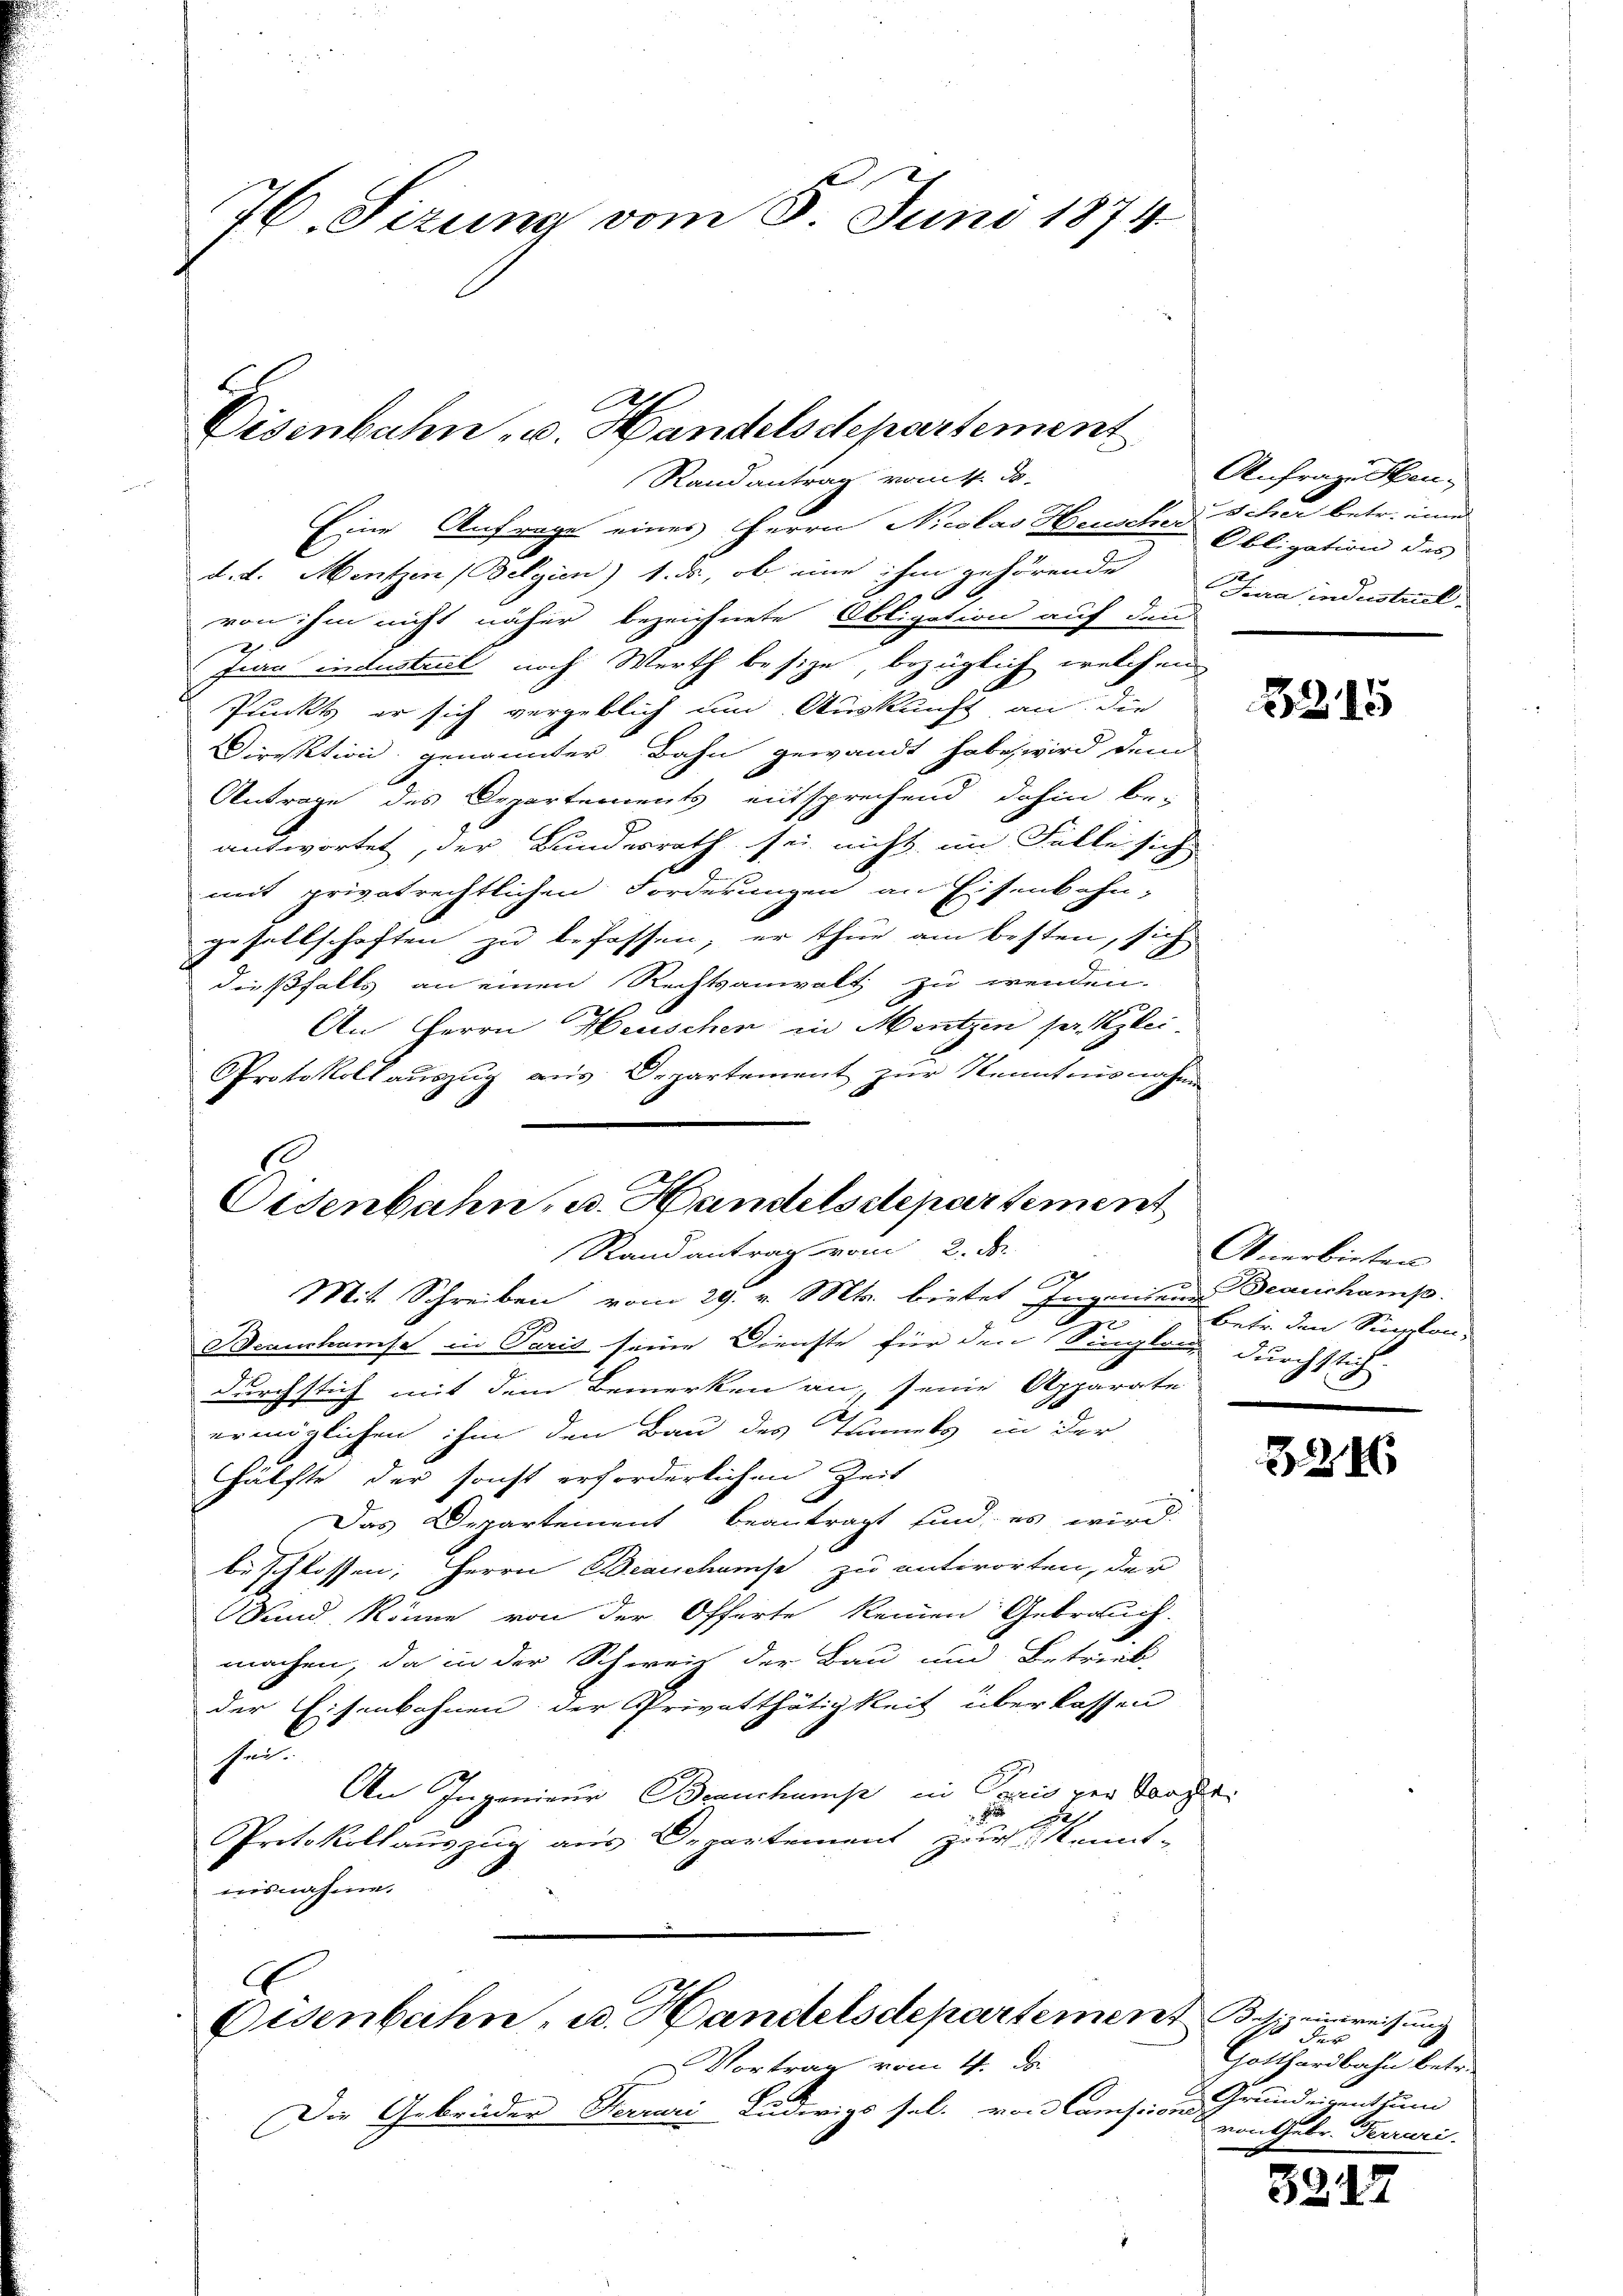
76. Sizung vom 8. Juni 1874

Disenbahn u. Handelsdepartement
Randantrag vom 1. d.

Eine Anfrage eines Herrn Nicolas Heuscher Scher betr. ein
d. d. Mentzen (Belgien) 1. ds., ob eine ihm gehörende
von ihm nicht näher bezeichnete Obligation auf den
2.
frau industriel noch Werth besize, bezüglich welchem
Punkt er sich vergeblich um Auskunft an die
Direktion genannter Bahn gewandt habe, wird dem
Antrage des Departements entsprechend dahin be-
antwortet, der Bundesrath sei nicht im Falle sich
mit privatrechtlichen Forderungen an Eisenbahn-
gesellschaften zu befassen, er thue am besten, sich
dießfalls an einen Rechtsanwalt zu wenden.
An Herrn Heuscher in Mentzen sei, glei
Protokoll auszug aus Departement zur Kenntnisnahme

Oisenbahn, u. Handelsstepartement
Randantrag vom 2. d.

Eisenbahn, u. Handelsdepartement Beiz einweisung
Vortrag vom 4. De

Die Gebrüder Ferrari Ludwigs sel. von Camission

Anfrage en¬
Obligation des |
Da in Instruiel.

6
Mit Schreiben vom 29. v. Mts. bietet Ingeniend Beauskamp.
9
Beanshause in Paris seine Dienste für den Singlanz durchstich
durchstich mit dem Bemerken an, seine Apparate
ermöglichen ihm den Bau des Trinets in der
hälfte der sonst erforderlichen Zeit
Das Departement beantragt sind, es wird
beschlossen, Herrn Beauschause zu antworten, der
Wand könne von der Offerte keinen Gebrauch.
machen, da in der Schweiz der Bau und Betrieb,
der Eisenbahnen der Privatthätigkeit überkassen
sul
An Ingenieur Branchumise in Paris vor Vorger¬

Protokollauszug aus Departement zur Kennt-
ausnahme.
.

5215

Anerbieter
betr. den Siglon¬

324

Jur
Gotthardbahn betr.
d. Grundeigenthum
von Gebr. Terrari.

3212